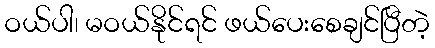
ဝယ်ပါ၊ မဝယ်နိုင်ရင် ဖယ်ပေးစေချင်ပြီတဲ့